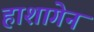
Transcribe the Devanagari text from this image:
हाशागेन